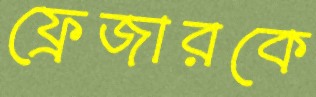
ফ্রেজারকে